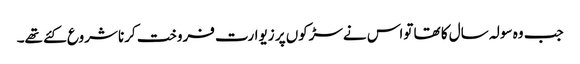
جب وہ سولہ سال کا تھا تواس نےسڑکوں پر زیوارت فروخت کرنا شروع کئے تھے۔